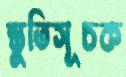
স্তুতিসূচক